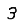
Digit: 3